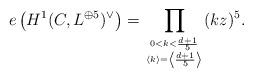
LaTeX: \begin{align*}e\left(H^1(C,L^{\oplus 5})^\vee \right)=\prod_{0<k<\frac{d+1}{5}\atop \langle k\rangle=\left\langle\frac{d+1}{5}\right\rangle} (kz)^5.\end{align*}